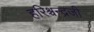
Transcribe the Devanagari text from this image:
हरिश्चन्द्रजी